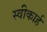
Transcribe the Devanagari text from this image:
स्वीकार्ह